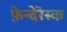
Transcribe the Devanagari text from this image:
फ़ेन्देरेस्क